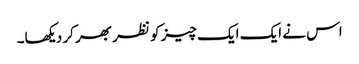
اس نے ایک ایک چیز کو نظر بھر کر دیکھا۔